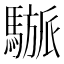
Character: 𩥜